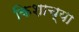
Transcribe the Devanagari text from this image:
किशाच्या